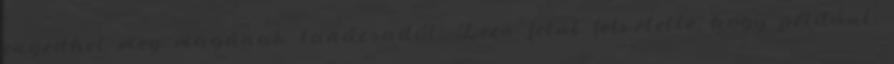
engedhet meg magának tanácsadót. Ezen felül felvetette, hogy például,